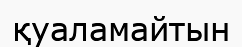
қуаламайтын